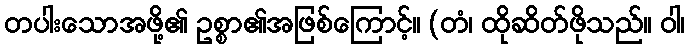
တပါးသောအဖို့၏ ဥစ္စာ၏အဖြစ်ကြောင့်။ (တံ၊ ထိုဆိတ်ဖိုသည်။ ဝါ၊